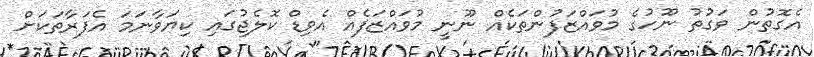
އެގޮތުން ވަގުތު ނޫހުގެ މުވައްޒަފުންތަކެއް ނޫނީ މުވައްޒަފެއް އެވިޑް ކޮލެޖުގައި ކިޔަވާނަމަ އެފަރާތަކަށް